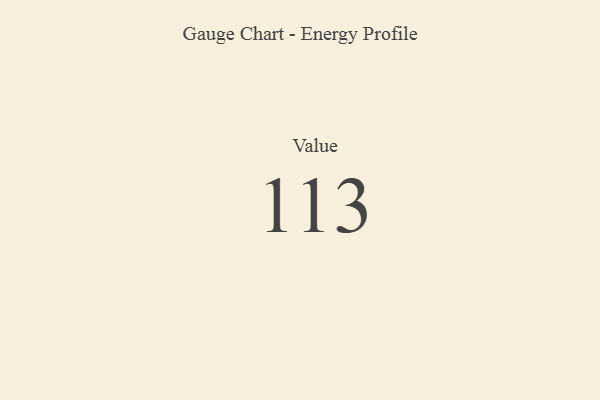
{"axis": {"x": "Metric", "y": "Value"}, "legend": [""], "data": [{"x": "Value", "y": 113, "type": ""}]}